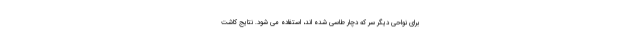
برای نواحی دیگر سر که دچار طاسی شده اند، استفاده می شود. نتایج کاشت